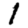
Digit: 1